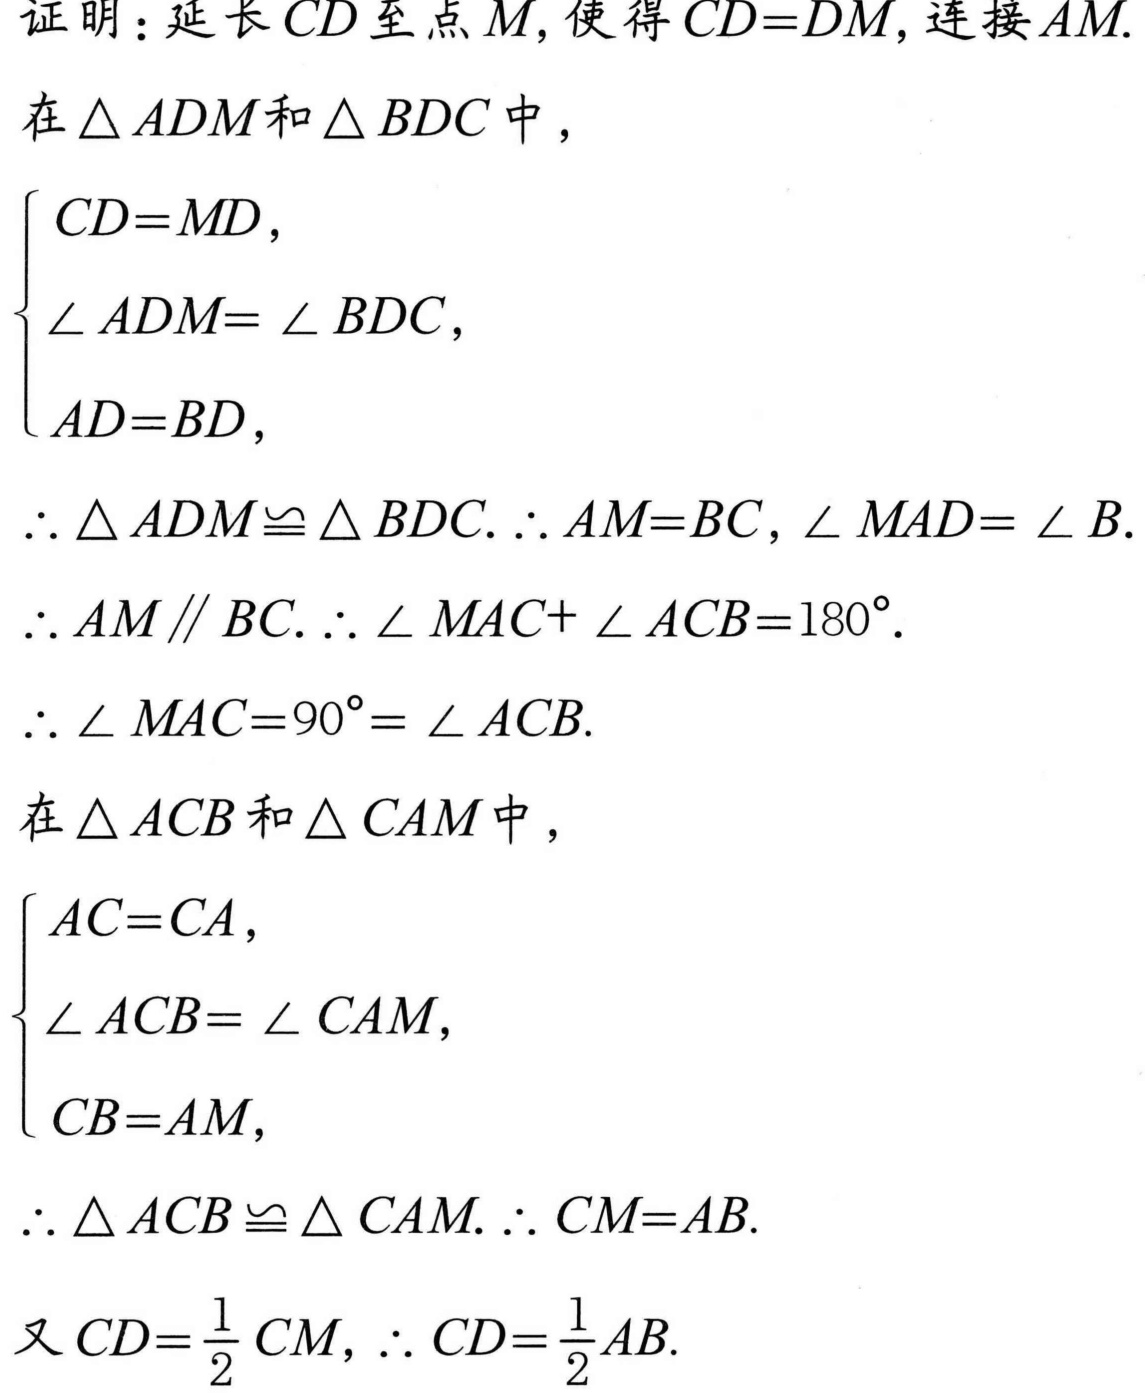
证明：延长\(CD\)至点\(M\)，使得\(CD = DM\)，连接\(AM\).
在\(\triangle ADM\)和\(\triangle BDC\)中，
\(\begin{cases}
CD = MD,\\
\angle ADM = \angle BDC,\\
AD = BD,
\end{cases}\)
\(\therefore \triangle ADM\cong \triangle BDC.\therefore AM = BC,\angle MAD = \angle B\).
\(\therefore AM\parallel BC.\therefore \angle MAC + \angle ACB = 180^{\circ}\).
\(\therefore \angle MAC = 90^{\circ}= \angle ACB\).
在\(\triangle ACB\)和\(\triangle CAM\)中，
\(\begin{cases}
AC = CA,\\
\angle ACB = \angle CAM,\\
CB = AM,
\end{cases}\)
\(\therefore \triangle ACB\cong \triangle CAM.\therefore CM = AB\).
又\(CD=\dfrac{1}{2}CM\)，\(\therefore CD = \dfrac{1}{2}AB\).